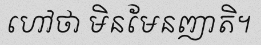
ហៅថា មិនមែនញាតិ។